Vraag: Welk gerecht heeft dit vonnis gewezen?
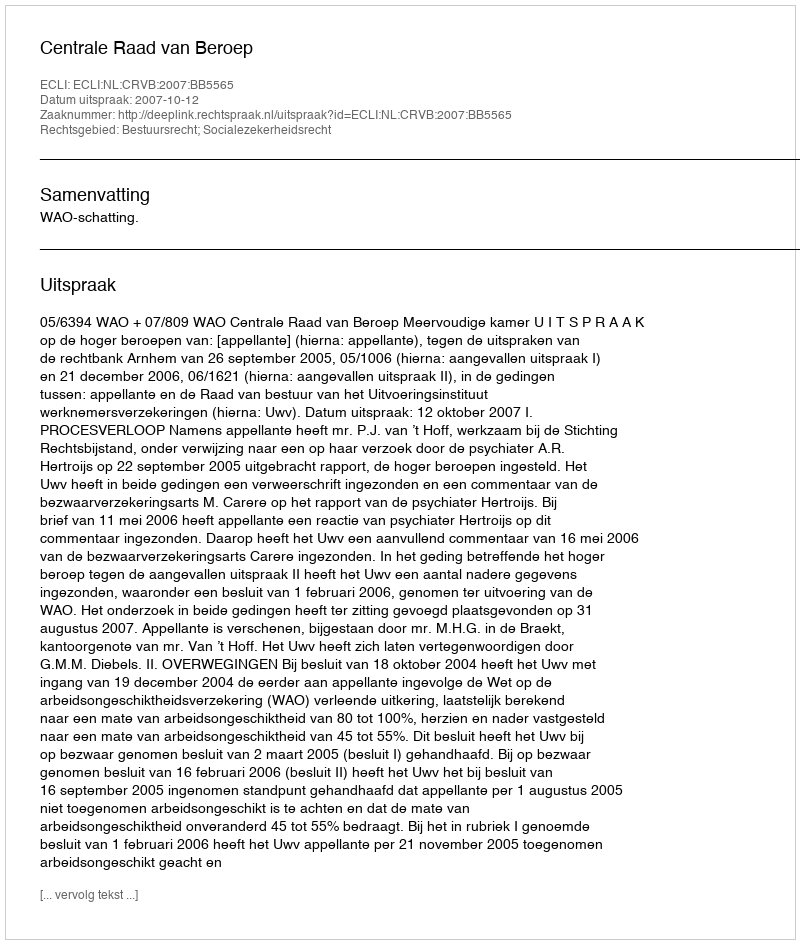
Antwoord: Centrale Raad van Beroep